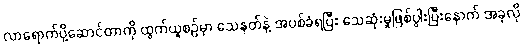
လာရောက်ပို့ဆောင်တာကို ထွက်ယူစဉ်မှာ သေနတ်နဲ့ အပစ်ခံရပြီး သေဆုံးမှုဖြစ်ပွါးပြီးနောက် အခုလို